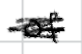
Text: of
Cross-out: scratch
Writing tool: digital_black